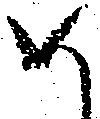
め